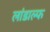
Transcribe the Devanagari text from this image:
लांडाल्फ